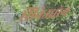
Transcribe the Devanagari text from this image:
सिनेउद्योग